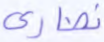
نصارى